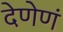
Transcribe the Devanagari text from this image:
देणेणं